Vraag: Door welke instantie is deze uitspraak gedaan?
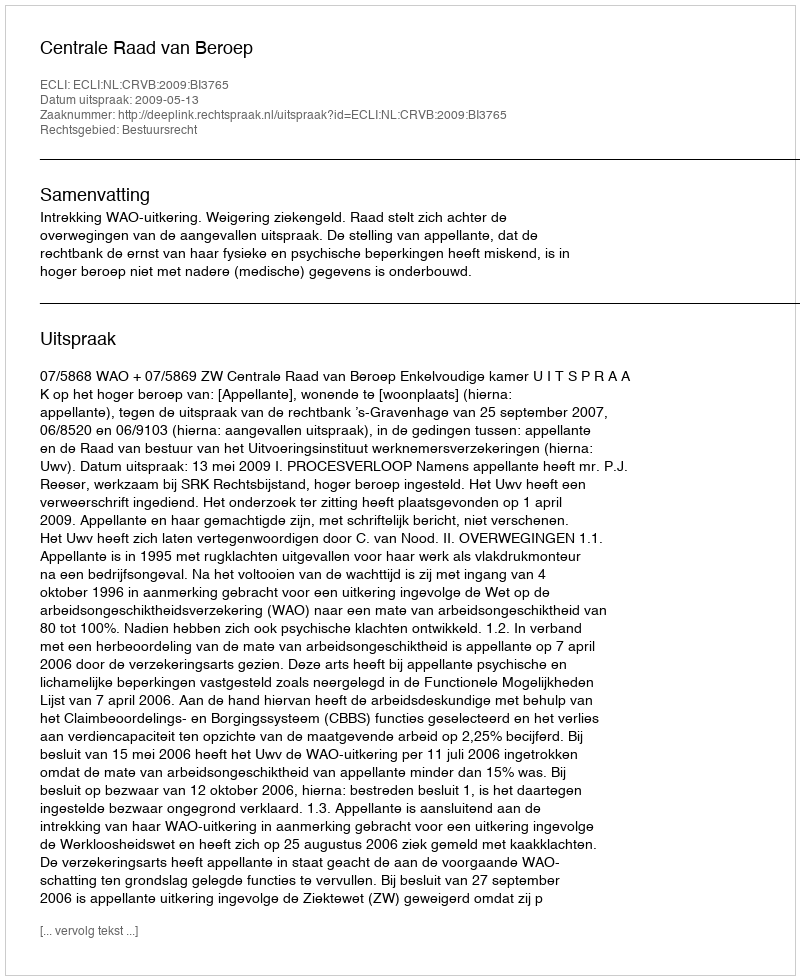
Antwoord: Centrale Raad van Beroep